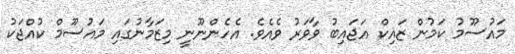
މައުސޫމު ކަމުން ޒައިކް އަޖައިބު ވާވަރު ވެއެވެ. އެހެންނޫނީ މިޒަމާނުގައި މައުސޫމް ކުއްޖަކު